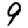
Digit: 9